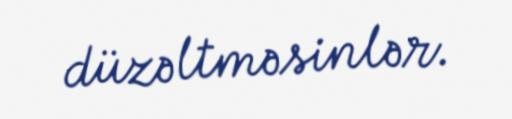
düzəltməsinlər.